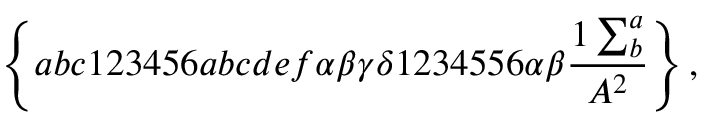
\left\{ a b c 1 2 3 4 5 6 a b c d e f \alpha \beta \gamma \delta 1 2 3 4 5 5 6 \alpha \beta \frac { 1 \sum _ { b } ^ { a } } { A ^ { 2 } } \right\} ,